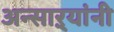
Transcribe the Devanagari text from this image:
अन्साऱ्यांनी